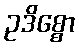
ဥဒိစ္စော